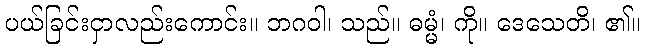
ပယ်ခြင်းငှာလည်းကောင်း။ ဘဂဝါ၊ သည်။ ဓမ္မံ၊ ကို။ ဒေသေတိ၊ ၏။